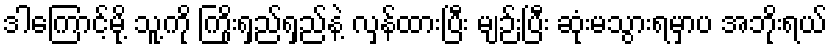
ဒါကြောင့်မို့ သူ့ကို ကြိုးရှည်ရှည်နဲ့ လှန်ထားပြီး မျဉ်းပြီး ဆုံးမသွားရမှာပ အဘိုးရယ်